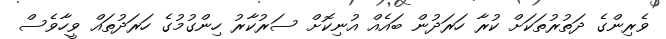
ވެރިންގެ ދަތުރުތަކަށް ކުރާ ހަރަދުން ބައެއް އުނިކޮށް ސަރުކާރު ހިންގުމުގެ ހަރަދުތައް ވީހާވެސް